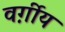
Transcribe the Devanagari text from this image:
वर्ग़ीय